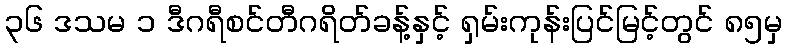
၃၆ ဒသမ ၁ ဒီဂရီစင်တီဂရိတ်ခန့်နှင့် ရှမ်းကုန်းပြင်မြင့်တွင် ၈၅မှ